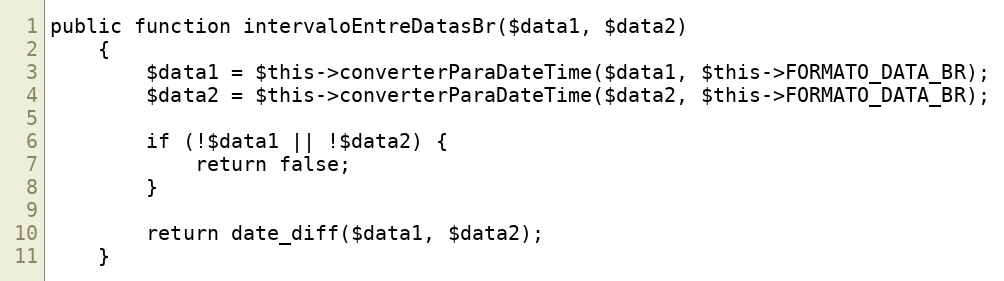
Language: PHP
public function intervaloEntreDatasBr($data1, $data2)
    {
        $data1 = $this->converterParaDateTime($data1, $this->FORMATO_DATA_BR);
        $data2 = $this->converterParaDateTime($data2, $this->FORMATO_DATA_BR);

        if (!$data1 || !$data2) {
            return false;
        }

        return date_diff($data1, $data2);
    }